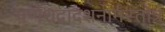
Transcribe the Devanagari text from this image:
गणेशद्वादशनामस्तोत्रं